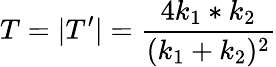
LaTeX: T=|T^{\prime}|={\frac{4k_{1}*k_{2}}{(k_{1}+k_{2})^{2}}}